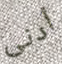
أدنى